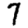
Digit: 7